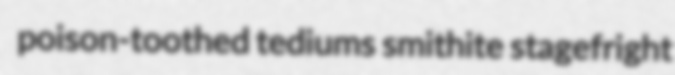
poison-toothed tediums smithite stagefright